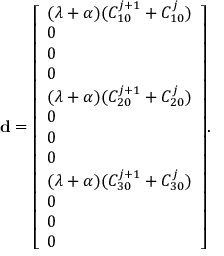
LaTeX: \mathbf { d } = { \left[ \begin{array} { l } { ( \lambda + \alpha ) ( C _ { 1 0 } ^ { j + 1 } + C _ { 1 0 } ^ { j } ) } \\ { 0 } \\ { 0 } \\ { 0 } \\ { ( \lambda + \alpha ) ( C _ { 2 0 } ^ { j + 1 } + C _ { 2 0 } ^ { j } ) } \\ { 0 } \\ { 0 } \\ { 0 } \\ { ( \lambda + \alpha ) ( C _ { 3 0 } ^ { j + 1 } + C _ { 3 0 } ^ { j } ) } \\ { 0 } \\ { 0 } \\ { 0 } \end{array} \right] } .